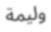
وليمة